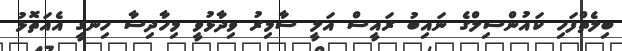
ބިލެތްފަހި ކައުންސިލްގެ ނައިބު ރައީސް އަލީ ސާމިރު ވިދާޅުވީ މިހާދިސާ ހިނގީ އެއަތޮޅު